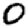
Digit: 0